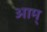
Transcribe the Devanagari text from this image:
आम्